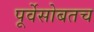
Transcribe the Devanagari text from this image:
पूर्वेसोबतच